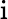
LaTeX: \mathrm{i}